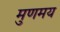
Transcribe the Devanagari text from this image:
मुणमय